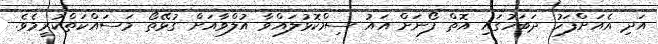
އަދި އެއަށްފަހު ދަބަހުގައި އޮތް ފޯނަށް އައު ސިމްކޮޅުލައްވާ އުލްވާއަށް ގުޅޭތޯ މަސައްކަތްކުރީމެވެ.